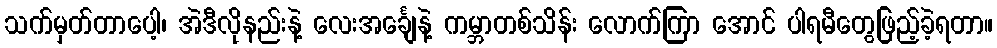
သက်မှတ်တာပေါ့၊ အဲဒီလိုနည်းနဲ့ လေးအင်္ချေနဲ့ ကမ္ဘာတစ်သိန်း လောက်ကြာ အောင် ပါရမီတွေဖြည့်ခဲ့ရတာ။